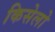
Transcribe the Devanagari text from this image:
किसेलो